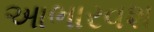
આભારવશ